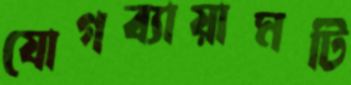
যোগব্যায়ামটি